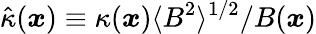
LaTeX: \hat{\kappa}(\boldsymbol{x})\equiv\kappa(\boldsymbol{x})\langle B^{2}\rangle^{1/2}/B(\boldsymbol{x})